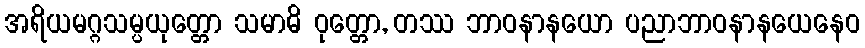
အရိယမဂ္ဂသမ္ပယုတ္တော သမာဓိ ဝုတ္တော, တဿ ဘာဝနာနယော ပညာဘာဝနာနယေနေဝ